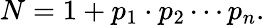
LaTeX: N=1+p_{1}\cdot p_{2}\cdots p_{n}.